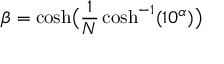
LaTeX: \beta = \cosh \! { \big ( } { \frac { 1 } { N } } \cosh ^ { - 1 } ( 1 0 ^ { \alpha } ) { \big ) }